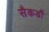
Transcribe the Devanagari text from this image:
सैकडौं